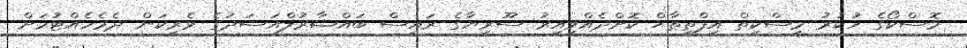
މޮސްކޯގެ ހުކުރު މިސްކިތް އިފްތިތާޙް ކޮށްދެއްވިއިރު ސޫރިޔާގެ ރައީސް ބައްޝާރުލްއަސަދުގެ ވެރިކަން ދެމެހެއްޓުމަށް